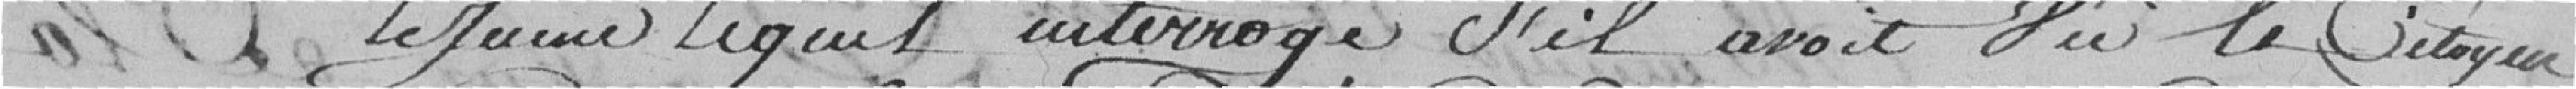
le Jeune, lequel interrogé s'il avait vu le citoyen